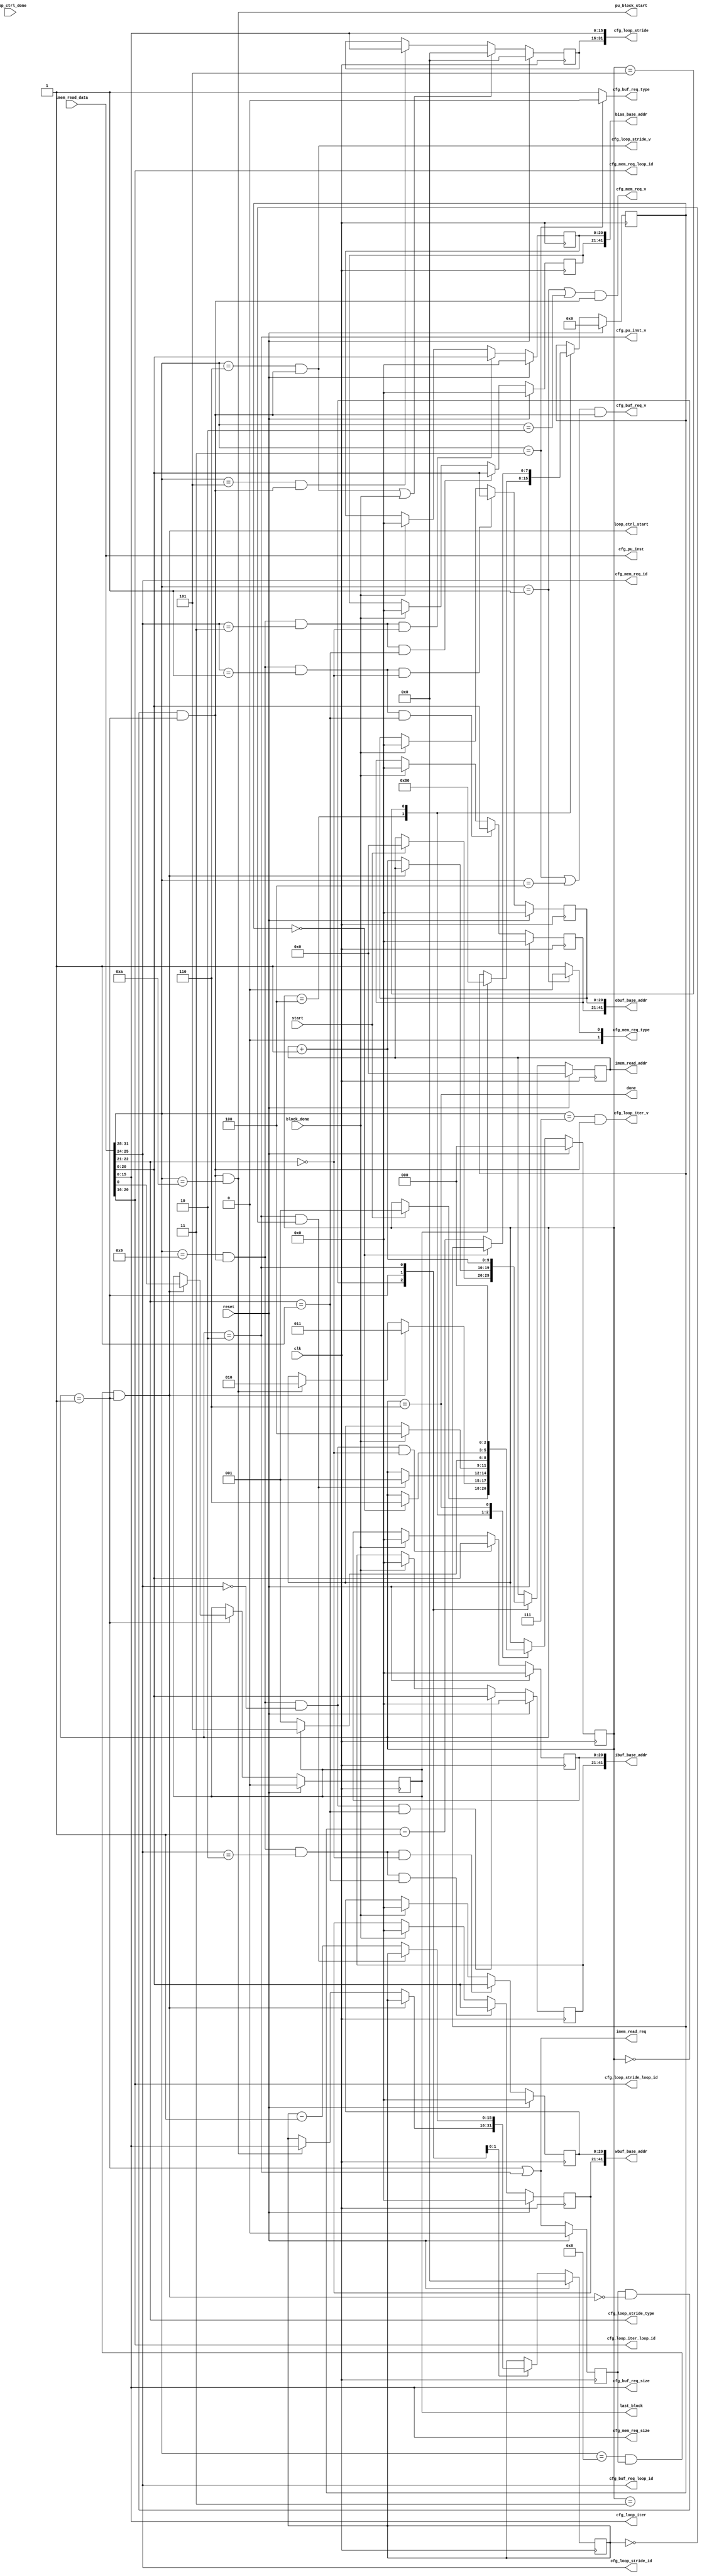
//
// DnnWeaver2 controller - decoder
//
// Hardik Sharma
// (hsharma@gatech.edu)

`timescale 1ns/1ps
module decoder #(
    parameter integer  IMEM_ADDR_W                  = 10,
    parameter integer  DDR_ADDR_W                   = 42,
  // Internal
    parameter integer  INST_W                       = 32,
    parameter integer  BUF_TYPE_W                   = 2,
    parameter integer  IMM_WIDTH                    = 16,
    parameter integer  OP_CODE_W                    = 4,
    parameter integer  OP_SPEC_W                    = 7,
    parameter integer  LOOP_ID_W                    = 5,
    parameter integer  LOOP_ITER_W                  = IMM_WIDTH,
    parameter integer  ADDR_STRIDE_W                = 2*IMM_WIDTH,
    parameter integer  MEM_REQ_SIZE_W               = IMM_WIDTH,
    parameter integer  STATE_W                      = 3
) (
    input  wire                                         clk,
    input  wire                                         reset,
  // Instruction memory
    input  wire  [ INST_W               -1 : 0 ]        imem_read_data,
    output wire  [ IMEM_ADDR_W          -1 : 0 ]        imem_read_addr,
    output wire                                         imem_read_req,
  // Handshake
    input  wire                                         start,
    output wire                                         done,
    output wire                                         loop_ctrl_start,
    input  wire                                         loop_ctrl_done,
    input  wire                                         block_done,
    output wire                                         last_block,
  // Loop strides
    output wire                                         cfg_loop_iter_v,
    output wire  [ LOOP_ITER_W          -1 : 0 ]        cfg_loop_iter,
    output wire  [ LOOP_ID_W            -1 : 0 ]        cfg_loop_iter_loop_id,
  // Loop strides
    output wire                                         cfg_loop_stride_v,
    output wire  [ 2                    -1 : 0 ]        cfg_loop_stride_type,
    output wire  [ ADDR_STRIDE_W        -1 : 0 ]        cfg_loop_stride,
    output wire  [ LOOP_ID_W            -1 : 0 ]        cfg_loop_stride_loop_id,
    output wire  [ BUF_TYPE_W           -1 : 0 ]        cfg_loop_stride_id,
  // Mem access
    output wire                                         cfg_mem_req_v,
    output wire  [ MEM_REQ_SIZE_W       -1 : 0 ]        cfg_mem_req_size,
    output wire  [ 2                    -1 : 0 ]        cfg_mem_req_type, // 0: RD, 1:WR
    output wire  [ LOOP_ID_W            -1 : 0 ]        cfg_mem_req_loop_id, // specify which scratchpad
    output wire  [ BUF_TYPE_W           -1 : 0 ]        cfg_mem_req_id, // specify which scratchpad
  // DDR Address
    output wire  [ DDR_ADDR_W           -1 : 0 ]        ibuf_base_addr,
    output wire  [ DDR_ADDR_W           -1 : 0 ]        wbuf_base_addr,
    output wire  [ DDR_ADDR_W           -1 : 0 ]        obuf_base_addr,
    output wire  [ DDR_ADDR_W           -1 : 0 ]        bias_base_addr,
  // Buf access
    output wire                                         cfg_buf_req_v,
    output wire  [ MEM_REQ_SIZE_W       -1 : 0 ]        cfg_buf_req_size,
    output wire                                         cfg_buf_req_type, // 0: RD, 1: WR
    output wire  [ BUF_TYPE_W           -1 : 0 ]        cfg_buf_req_loop_id, // specify which scratchpad
  // PU
    output wire  [ INST_W               -1 : 0 ]        cfg_pu_inst, // instructions for PU
    output wire                                         cfg_pu_inst_v,  // instructions for PU
    output wire                                         pu_block_start 
);

//=============================================================
// Localparams
//=============================================================
    localparam integer  FSM_IDLE                     = 0; // IDLE
    localparam integer  FSM_DECODE                   = 1; // Decode and Configure Block
    localparam integer  FSM_PU_BLOCK                 = 2; // Wait for execution of inst block
    localparam integer  FSM_EXECUTE                  = 3; // Wait for execution of inst block
    localparam integer  FSM_NEXT_BLOCK               = 4; // Check for next block
    localparam integer  FSM_DONE_WAIT                = 5; // Wait to ensure no RAW hazard
    localparam integer  FSM_DONE                     = 6; // Done
    
    localparam integer  OP_SETUP                     = 0;
    localparam integer  OP_LDMEM                     = 1;
    localparam integer  OP_STMEM                     = 2;
    localparam integer  OP_RDBUF                     = 3;
    localparam integer  OP_WRBUF                     = 4;
    localparam integer  OP_GENADDR_HI                = 5;
    localparam integer  OP_GENADDR_LO                = 6;
    localparam integer  OP_LOOP                      = 7;
    localparam integer  OP_BLOCK_END                 = 8;
    localparam integer  OP_BASE_ADDR                 = 9;
    localparam integer  OP_PU_BLOCK_START            = 10;
    localparam integer  OP_COMPUTE_R                 = 11;
    localparam integer  OP_COMPUTE_I                 = 12;

    localparam integer  MEM_LOAD                     = 0;
    localparam integer  MEM_STORE                    = 1;
    localparam integer  BUF_READ                     = 0;
    localparam integer  BUF_WRITE                    = 1;
//=============================================================

//=============================================================
// Wires/Regs
//=============================================================
    reg  [ 7                       : 0 ]        done_wait_d;
    reg  [ 7                       : 0 ]        done_wait_q;
    reg  [ IMM_WIDTH            -1 : 0 ]        loop_stride_hi;


    wire                                        pu_block_end;

    wire [ IMM_WIDTH            -1 : 0 ]        pu_num_instructions;

    reg  [ STATE_W              -1 : 0 ]        state_q;
    reg  [ STATE_W              -1 : 0 ]        state_d;
    wire [ STATE_W              -1 : 0 ]        state;

    wire [ OP_CODE_W            -1 : 0 ]        op_code;
    wire [ OP_SPEC_W            -1 : 0 ]        op_spec;
    wire [ LOOP_ID_W            -1 : 0 ]        loop_level;
    wire [ LOOP_ID_W            -1 : 0 ]        loop_id;
    wire [ IMM_WIDTH            -1 : 0 ]        immediate;

    wire [ BUF_TYPE_W           -1 : 0 ]        buf_id;

    wire                                        inst_valid;
    reg                                         _inst_valid;
    wire                                        block_end;

    reg  [ IMM_WIDTH            -1 : 0 ]        pu_inst_counter_d;
    reg  [ IMM_WIDTH            -1 : 0 ]        pu_inst_counter_q;

    reg  [ IMEM_ADDR_W          -1 : 0 ]        addr_d;
    reg  [ IMEM_ADDR_W          -1 : 0 ]        addr_q;

    wire                                        base_addr_v;
    wire [ BUF_TYPE_W           -1 : 0 ]        base_addr_id;
    wire [ 2                    -1 : 0 ]        base_addr_part;
  wire [ IMM_WIDTH + LOOP_ID_W            -1 : 0 ]        base_addr;
//=============================================================

//=============================================================
// Logic
//=============================================================
  // Ops
    assign loop_ctrl_start = block_end;

    assign imem_read_req = state == FSM_DECODE || state == FSM_PU_BLOCK;
    assign imem_read_addr = addr_q;
  always @(posedge clk)
  begin
    if (reset)
      addr_q <= {IMEM_ADDR_W{1'b0}};
    else
      addr_q <= addr_d;
  end

  // Decode instructions
    assign {op_code, op_spec, loop_id, immediate} = imem_read_data;
    assign buf_id = op_spec[5:3];

    assign block_end = op_code == OP_BLOCK_END && _inst_valid && state == FSM_DECODE;

    assign cfg_loop_iter_v = (op_code == OP_LOOP) && inst_valid;
    assign cfg_loop_iter = immediate;
    assign cfg_loop_iter_loop_id = loop_id;

    assign cfg_loop_stride_v = (op_code == OP_GENADDR_LO) && inst_valid;
    assign cfg_loop_stride[IMM_WIDTH-1:0] = immediate;
    assign cfg_loop_stride_id = buf_id;
    assign cfg_loop_stride_type = op_spec[1:0];
    assign cfg_loop_stride_loop_id = loop_id;

    assign cfg_mem_req_v = (op_code == OP_LDMEM || op_code == OP_STMEM) && inst_valid;
    assign cfg_mem_req_size = immediate;
    assign cfg_mem_req_type = op_code == OP_LDMEM ? MEM_LOAD : MEM_STORE;
    assign cfg_mem_req_loop_id = loop_id;
    assign cfg_mem_req_id = buf_id;

    assign cfg_buf_req_v = (op_code == OP_RDBUF || op_code == OP_WRBUF) && inst_valid;
    assign cfg_buf_req_size = immediate;
    assign cfg_buf_req_type = op_code == OP_RDBUF ? BUF_READ : BUF_WRITE;
    assign cfg_buf_req_loop_id = buf_id;

    assign base_addr_v = (op_code == OP_BASE_ADDR) && inst_valid;
    assign base_addr = {loop_id, immediate};
    assign base_addr_id = buf_id;
    assign base_addr_part = op_spec[1:0];

    assign pu_num_instructions = immediate;
    assign pu_block_start = inst_valid && (op_code == OP_PU_BLOCK_START);
    assign pu_block_end = state == FSM_PU_BLOCK && pu_inst_counter_q == 0;
    assign cfg_pu_inst_v = state == FSM_PU_BLOCK;
    assign cfg_pu_inst = imem_read_data;
//=============================================================

//=============================================================
// FSM
//=============================================================
    reg                                         last_block_d;
    reg                                         last_block_q;
    assign last_block = last_block_q;
always @(posedge clk)
begin
  if (reset)
    last_block_q <= 0;
  else
    last_block_q <= last_block_d;
end

always @(posedge clk)
begin
  if (reset)
    done_wait_q <= 0;
  else
    done_wait_q <= done_wait_d;
end


  always @(*)
  begin: FSM
    state_d = state_q;
    addr_d = addr_q;
    pu_inst_counter_d = pu_inst_counter_q;
    last_block_d = last_block_q;
    done_wait_d = done_wait_q;
    case(state_q)
      FSM_IDLE: begin
        if (start) begin
          state_d = FSM_DECODE;
          addr_d = 0;
        end
      end
      FSM_DECODE: begin
        if (loop_ctrl_start) begin
          state_d = FSM_EXECUTE;
          last_block_d = immediate[0];
        end
        else if (pu_block_start) begin
          state_d = FSM_PU_BLOCK;
          addr_d = addr_q + 1'b1;
          pu_inst_counter_d = pu_num_instructions;
        end
        else
          addr_d = addr_q + 1'b1;
      end
      FSM_PU_BLOCK: begin
        addr_d = addr_q + 1'b1;
        if (pu_block_end) begin
          state_d = FSM_DECODE;
        end
        else begin
          pu_inst_counter_d = pu_inst_counter_q - 1'b1;
        end
      end
      FSM_EXECUTE: begin
        if (block_done) begin
          state_d = FSM_NEXT_BLOCK;
        end
      end
      FSM_NEXT_BLOCK: begin
        if (last_block_q) begin
          done_wait_d = 8'd128;
          state_d = FSM_DONE_WAIT;
        end
        else begin
          state_d = FSM_DECODE;
        end
      end
      FSM_DONE_WAIT: begin
        if (done_wait_d == 8'd0) begin
          state_d = FSM_DONE;
        end
        else
          done_wait_d = done_wait_d - 1'b1;
      end
      FSM_DONE: begin
        state_d = FSM_IDLE;
      end
    endcase
  end

    assign done = state_q == FSM_DONE;

  always @(posedge clk)
  begin
    if (reset)
      _inst_valid <= 1'b0;
    else
      _inst_valid <= imem_read_req;
  end
    assign inst_valid = _inst_valid && !block_end && state == FSM_DECODE;

  always @(posedge clk)
  begin
    if (reset)
      pu_inst_counter_q <= 0;
    else
      pu_inst_counter_q <= pu_inst_counter_d;
  end

  always @(posedge clk)
  begin
    if (reset)
      state_q <= FSM_IDLE;
    else
      state_q <= state_d;
  end

    assign state = state_q;
//=============================================================

//=============================================================
// Base Address
//=============================================================
  genvar i;
  generate
    for (i=0; i<2; i=i+1)
    begin: BASE_ADDR_CFG

    reg  [ 21                   -1 : 0 ]        _obuf_base_addr;
    reg  [ 21                   -1 : 0 ]        _bias_base_addr;
    reg  [ 21                   -1 : 0 ]        _ibuf_base_addr;
    reg  [ 21                   -1 : 0 ]        _wbuf_base_addr;

    assign ibuf_base_addr[i*21+:21] = _ibuf_base_addr;
    assign wbuf_base_addr[i*21+:21] = _wbuf_base_addr;
    assign obuf_base_addr[i*21+:21] = _obuf_base_addr;
    assign bias_base_addr[i*21+:21] = _bias_base_addr;

      always @(posedge clk)
        if (reset)
          _ibuf_base_addr <= 0;
        else if (base_addr_v && base_addr_id == 0 && base_addr_part == i)
          _ibuf_base_addr <= base_addr;
        else if (block_done)
          _ibuf_base_addr <= 0;

      always @(posedge clk)
        if (reset)
          _wbuf_base_addr <= 0;
        else if (base_addr_v && base_addr_id == 2 && base_addr_part == i)
          _wbuf_base_addr <= base_addr;
        else if (block_done)
          _wbuf_base_addr <= 0;

      always @(posedge clk)
        if (reset)
          _obuf_base_addr <= 0;
        else if (base_addr_v && base_addr_id == 1 && base_addr_part == i)
          _obuf_base_addr <= base_addr;
        else if (block_done)
          _obuf_base_addr <= 0;

      always @(posedge clk)
        if (reset)
          _bias_base_addr <= 0;
        else if (base_addr_v && base_addr_id == 3 && base_addr_part == i)
          _bias_base_addr <= base_addr;
        else if (block_done)
          _bias_base_addr <= 0;

    end
  endgenerate

  always @(posedge clk)
  begin
    if (reset)
      loop_stride_hi <= 0;
    else begin
      if (cfg_loop_stride_v || block_done)
        loop_stride_hi <= 0;
      else if (op_code == OP_GENADDR_HI && inst_valid)
        loop_stride_hi <= immediate;
    end
  end

    assign cfg_loop_stride[ADDR_STRIDE_W-1:IMM_WIDTH] = loop_stride_hi;
//=============================================================

//=============================================================
// VCD
//=============================================================
  `ifdef COCOTB_TOPLEVEL_decoder
    initial begin
    $dumpfile("decoder.vcd");
    $dumpvars(0, decoder);
    end
  `endif
//=============================================================

endmodule